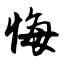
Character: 悔